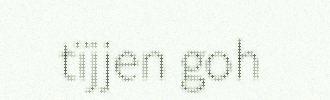
tïjjen goh